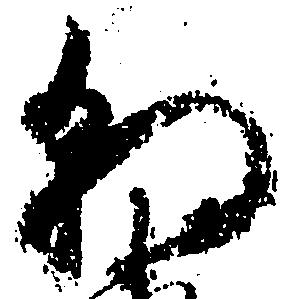
朝